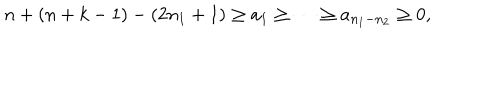
n + ( n + k - 1 ) - ( 2 n _ { 1 } + 1 ) \geq a _ { 1 } \geq \cdots \geq a _ { n _ { 1 } - n _ { 2 } } \geq 0 ,